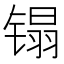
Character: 𰾬